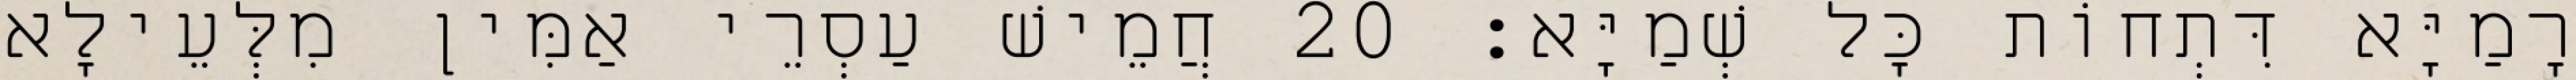
רָמַיָּא דִּתְחוֹת כָּל שְׁמַיָּא׃ 20 חֲמֵישׁ עַסְרֵי אַמִּין מִלְּעֵילָא